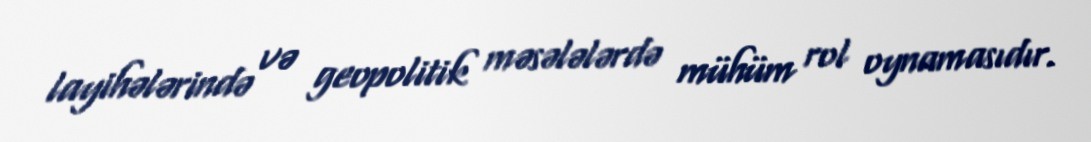
layihələrində və geopolitik məsələlərdə mühüm rol oynamasıdır.